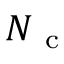
N _ { \mathrm { ~ c ~ } }